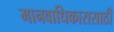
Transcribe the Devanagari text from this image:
मानवाधिकारासाठी